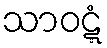
သာဝဋ္ဋံ